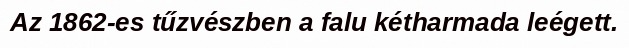
Az 1862-es tűzvészben a falu kétharmada leégett.